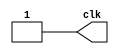
`timescale 100ps / 1ps
module clock_gen(clk);

parameter PERIOD = 397;

output reg clk;
	 
always
	begin: CLOCK_DRIVER
		clk <= 1'b0;
		#(PERIOD/2);
		clk <= 1'b1;
		#(PERIOD/2);
	end
endmodule